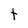
Character: t